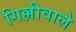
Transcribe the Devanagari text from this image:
गिल्लीवाले